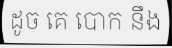
ដូច គេ បោក នឹង